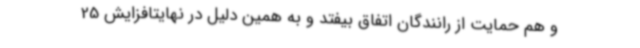
و هم حمایت از رانندگان اتفاق بیفتد و به همین دلیل در نهایتافزایش 25